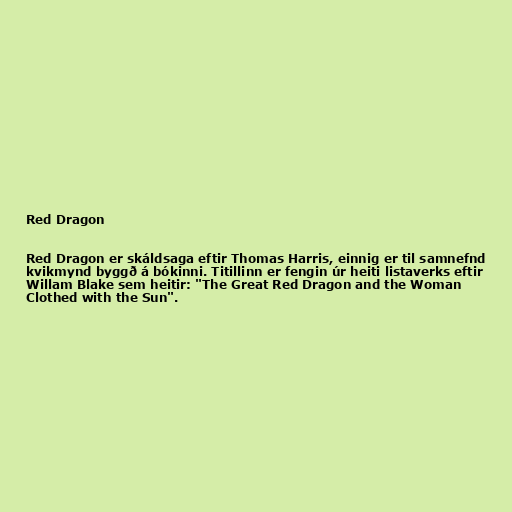
Red Dragon

Red Dragon er skáldsaga eftir Thomas Harris, einnig er til samnefnd
kvikmynd byggð á bókinni. Titillinn er fengin úr heiti listaverks eftir
Willam Blake sem heitir: "The Great Red Dragon and the Woman
Clothed with the Sun".